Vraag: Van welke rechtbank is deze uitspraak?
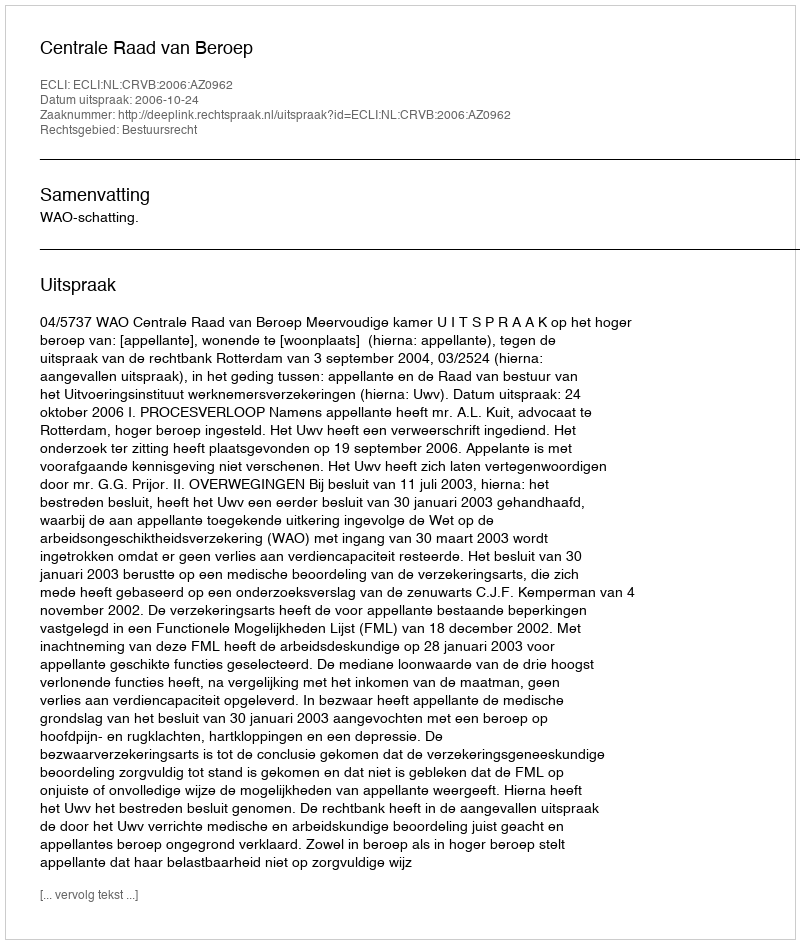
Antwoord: Centrale Raad van Beroep